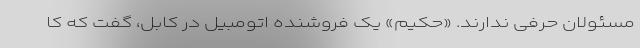
مسئولان حرفی ندارند. «حکیم» یک فروشنده اتومبیل در کابل، گفت که کا